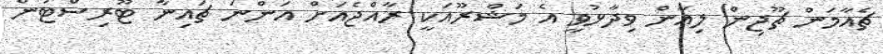
ޗެއާމަން ޗޫޖިން ލިއާން ވިދާޅުވީ އެ މަޝްރޫއަކީ ރާއްޖެއަށް އަންނަ ޗައިނާ ޓޫރިސްޓުން